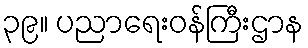
၃၉။ ပညာရေးဝန်ကြီးဌာန